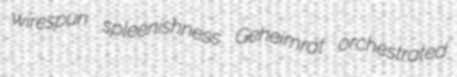
wirespun spleenishness Geheimrat orchestrated